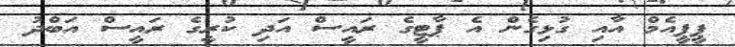
ޕީޕީއެމް އާއި ގުޅިގެން އެ ޕާޓީގެ ރައީސް އަދި ކުރީގެ ރައީސް އަބްދު